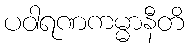
ပဝါရဏကမ္မာနီတိ